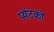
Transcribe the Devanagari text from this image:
प्रर्यटकों